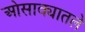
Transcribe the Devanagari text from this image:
ओसाक्यातले